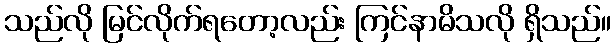
သည်လို မြင်လိုက်ရတော့လည်း ကြင်နာမိသလို ရှိသည်။